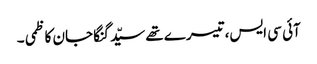
آئی سی ایس، تیسرے تھے سیّد گنگا جان کاظمی ۔